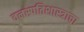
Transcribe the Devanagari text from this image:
वनस्पतिशास्त्राचा